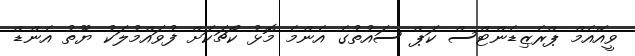
ވީއޭއެމް ޕްރެޒިޑެންޓްސް ކަޕް ސައުތުގެ އެންމެ މޮޅު ކޯޗަކަށް ފުވައްމުލަކު ޔޫތު އެންޑް